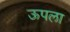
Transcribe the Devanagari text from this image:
ऊपला